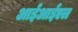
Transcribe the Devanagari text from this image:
आईआईएल